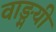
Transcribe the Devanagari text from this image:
वाङ्मयी